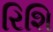
રિશિ